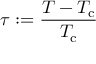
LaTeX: \tau : = { \frac { T - T _ { \mathrm { c } } } { T _ { \mathrm { c } } } }